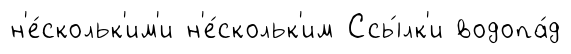
н'е́скольк'им'и н'е́скольк'им Ссы́лк'и водопа́д